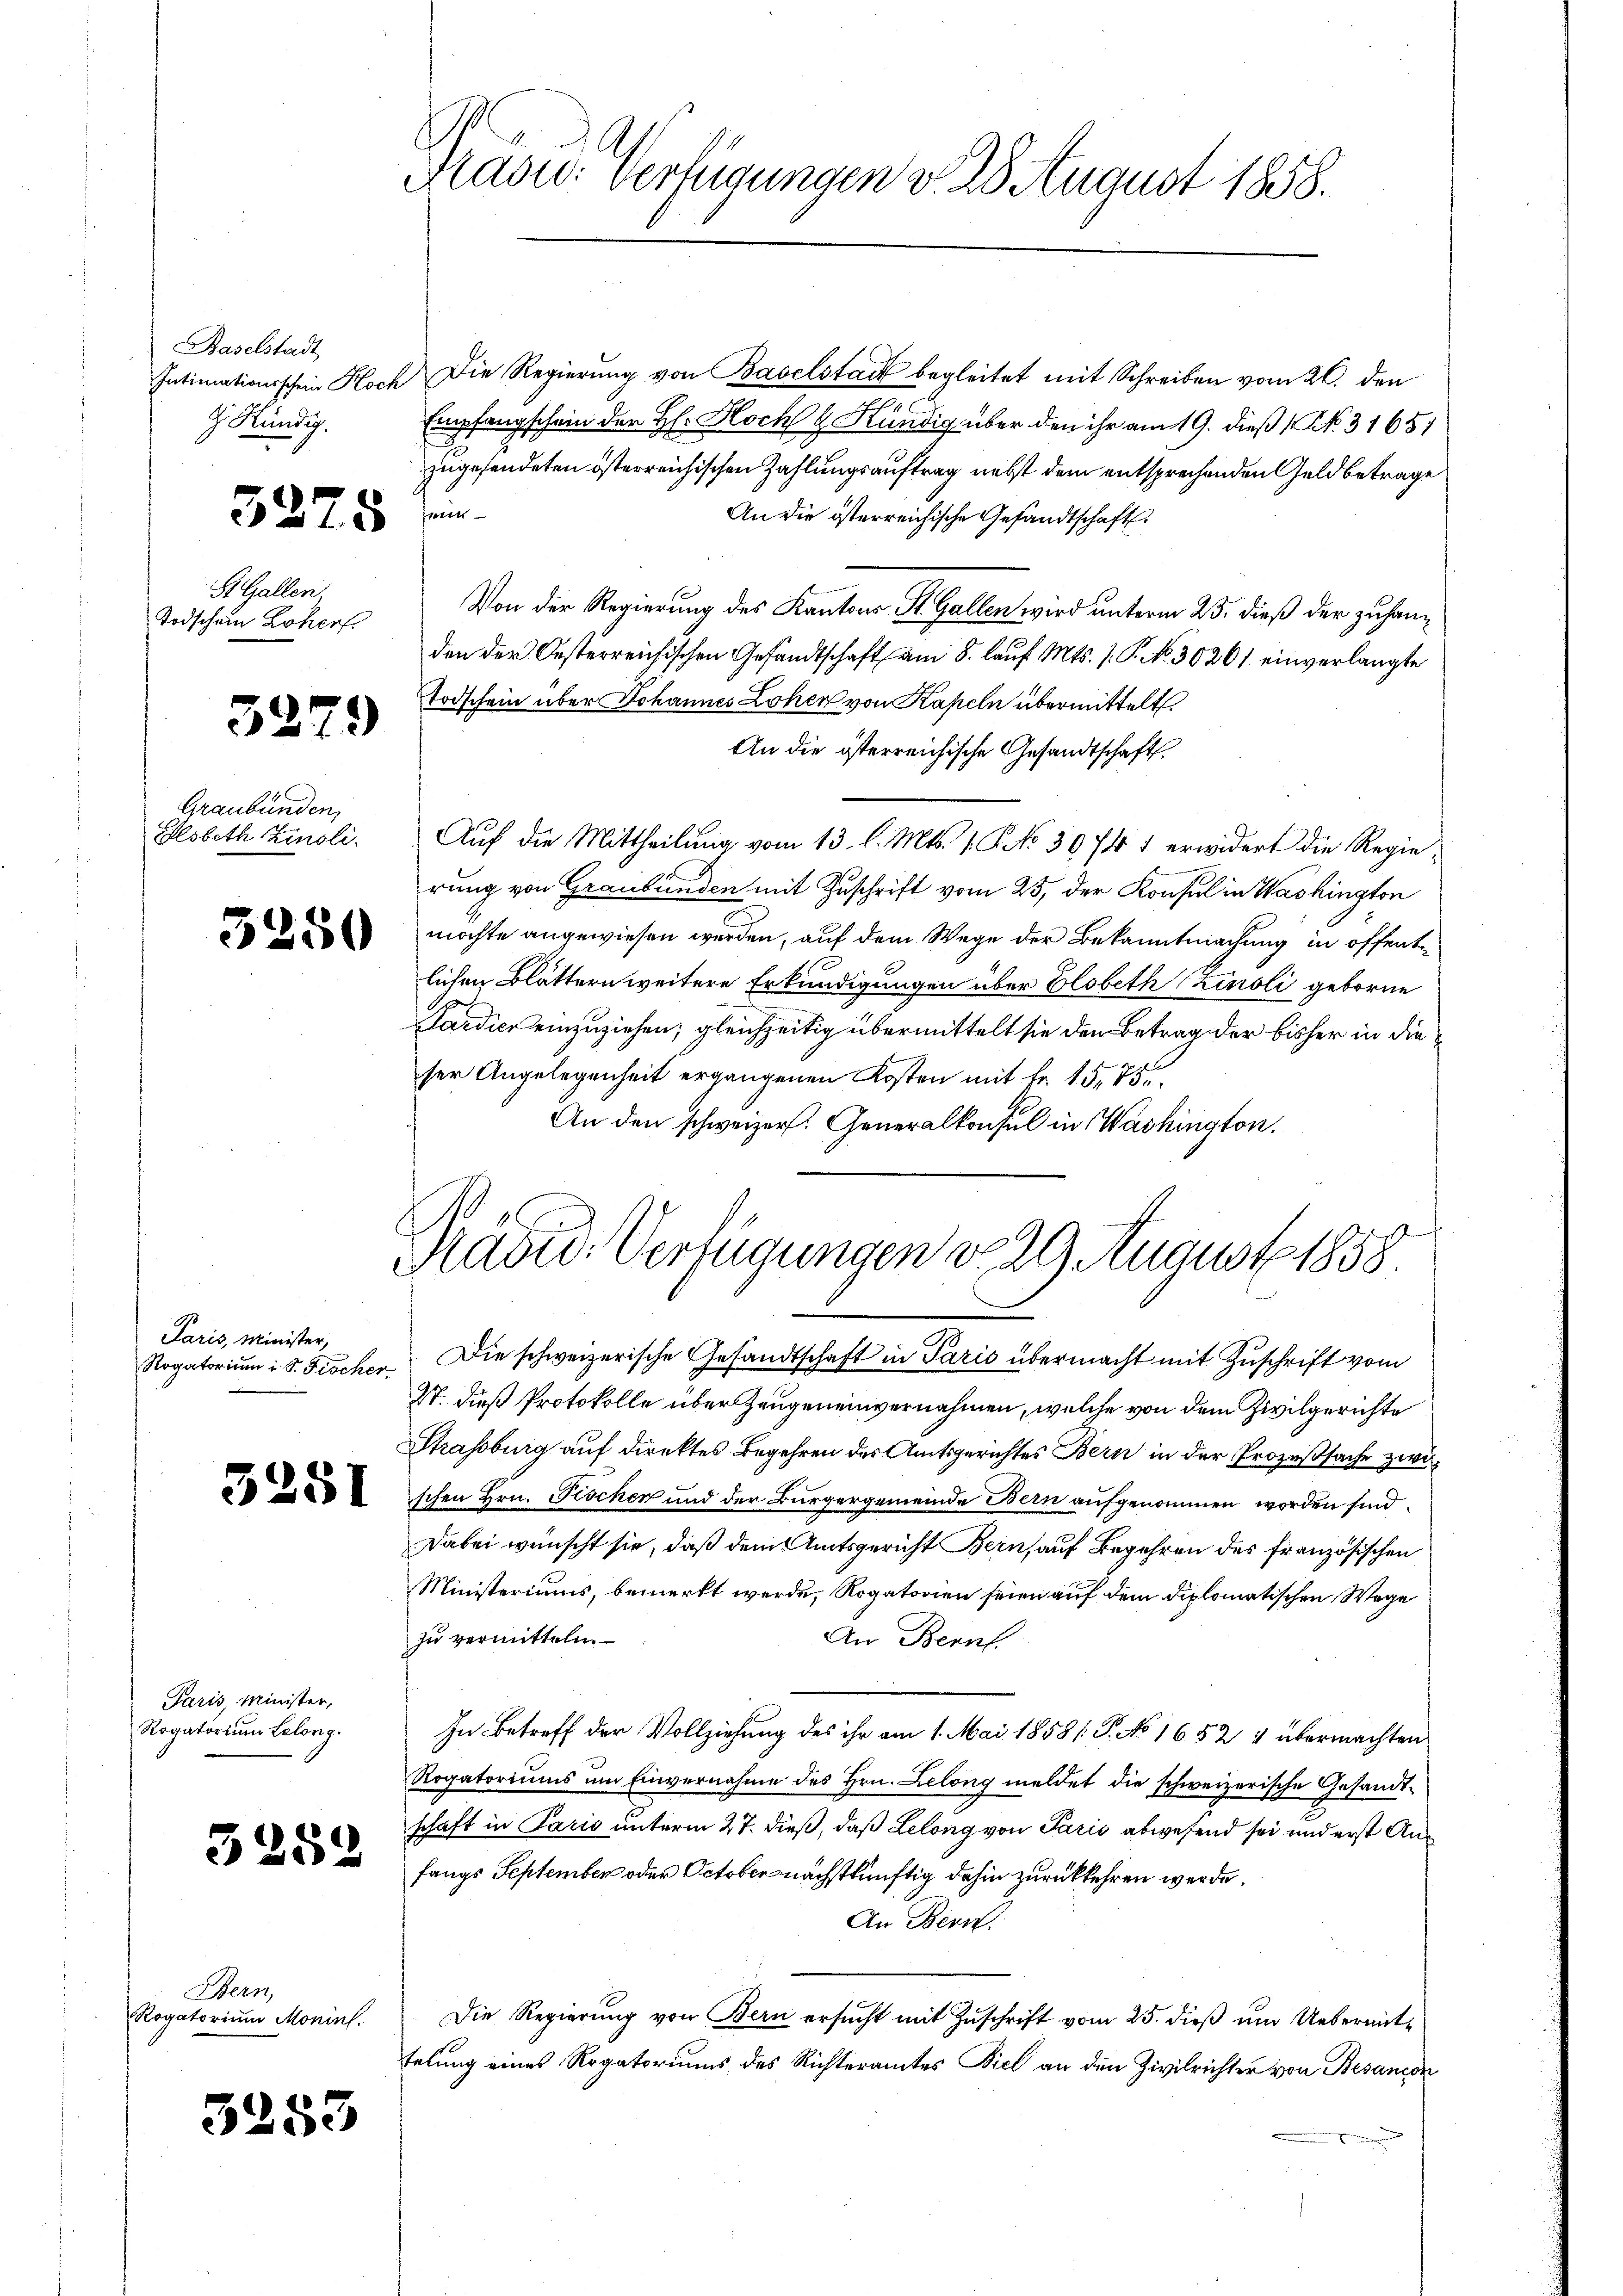
Baselstadt
H. Kündig.

3275

St. Gallen,
Todschen Loher

3379

Graubünden,

3250

Paris, Minister,
Rogatorium i. S. Fischer

Paris, Minister,
Rogatorium Lelong.

3252

Bern,
Rogatorium Moninl.

5253

Intimationsschein Hoch die Regierŭng von Baselstadt begleitet mit Schreiben vom 21. den
Empfangschein der H: Hochs & Kündig über den ihr am 19. dieß (NNo. 31651
zugesendeten österreichischen Zahlungsauftrag nebst dem entsprechenden Geld betrage
nn
An die österreichische Gesandtschaft.
Von der Regierung des Kantons St. Gallen wird unterm 25. dieß der zu handen der Oesterreichischen Gesandtschaft am 8. lauf Mts. 1. P. No. 30261 einverlangte
Todschein über Johannes Lohen von Kapeln übermittelt.
An die österreichische Gesandtschaft.
Elsbeth Zinsli. Auf die Mittheilung vom 13. l. Mts. 1. No 3074. 1 erwidert die Regierung von Graubünden mit Zuschrift vom 25. der Konsul in Washington
möchte angewiesen werden, auf dem Wege der Bekanntmachung in öffente
lichen Blättern weitere Erkundigungen über Elsbeth Zinsli geborne
Sardien einzuziehen; gleichzeitig übermittelt sie den Betrag der bisher in die
ser Angelegenheit ergangenen Kosten mit Fr. 15,75.
An den schweizer. Generalkonsul in Washington.

Radid. Verfügungen d. 29 August 1858

Klass: Verfügungen v. 28 August 1858.

Die schweizerische Gesandtschaft in Parić übermacht mit Zuschrift vom
27. dieß Protokolle über Zeugeneinvernahmen, welche von dem Zivilgerichte
Strassburg auf direktes Begehren des Amtsgerichtes Bern in der Prozeßsache zwi¬
'schen Hrn. Fischen und der Bürgergemeinde Bern aufgenommen worden sind.
Dabei wünscht sie, daß dem Amtsgericht Bern, auf Begehren des französischen
Ministeriums, bemerkt werde, Rogatorien seien auf dem diplomatischen Wege
zu vermitteln
An Bern.
In Betreff der Vollziehung des ihr am 1. Mai 1858/. P. No 1652 4 übermachten
Rogatoriŭms ŭm Einvernahme des Hrn. Lelong meldet die schweizerische Gesandtschaft in Paris unterm 27. dieß, daß Lelong von Paris abwesend sei und erst Anfangs Septemben oder October nächstkünftig dahin zurückkehren werde.
An Bern.
Die Regierŭng von Bern ersŭcht mit Zŭschrift vom 25. dieß um Uebermittelung eines Rogatoriums des Richteramtes Biel an den Zivilrichter von Besanzen